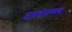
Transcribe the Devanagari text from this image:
जलसेनाध्यक्ष